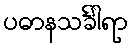
ပဓာနသင်္ခါရာ